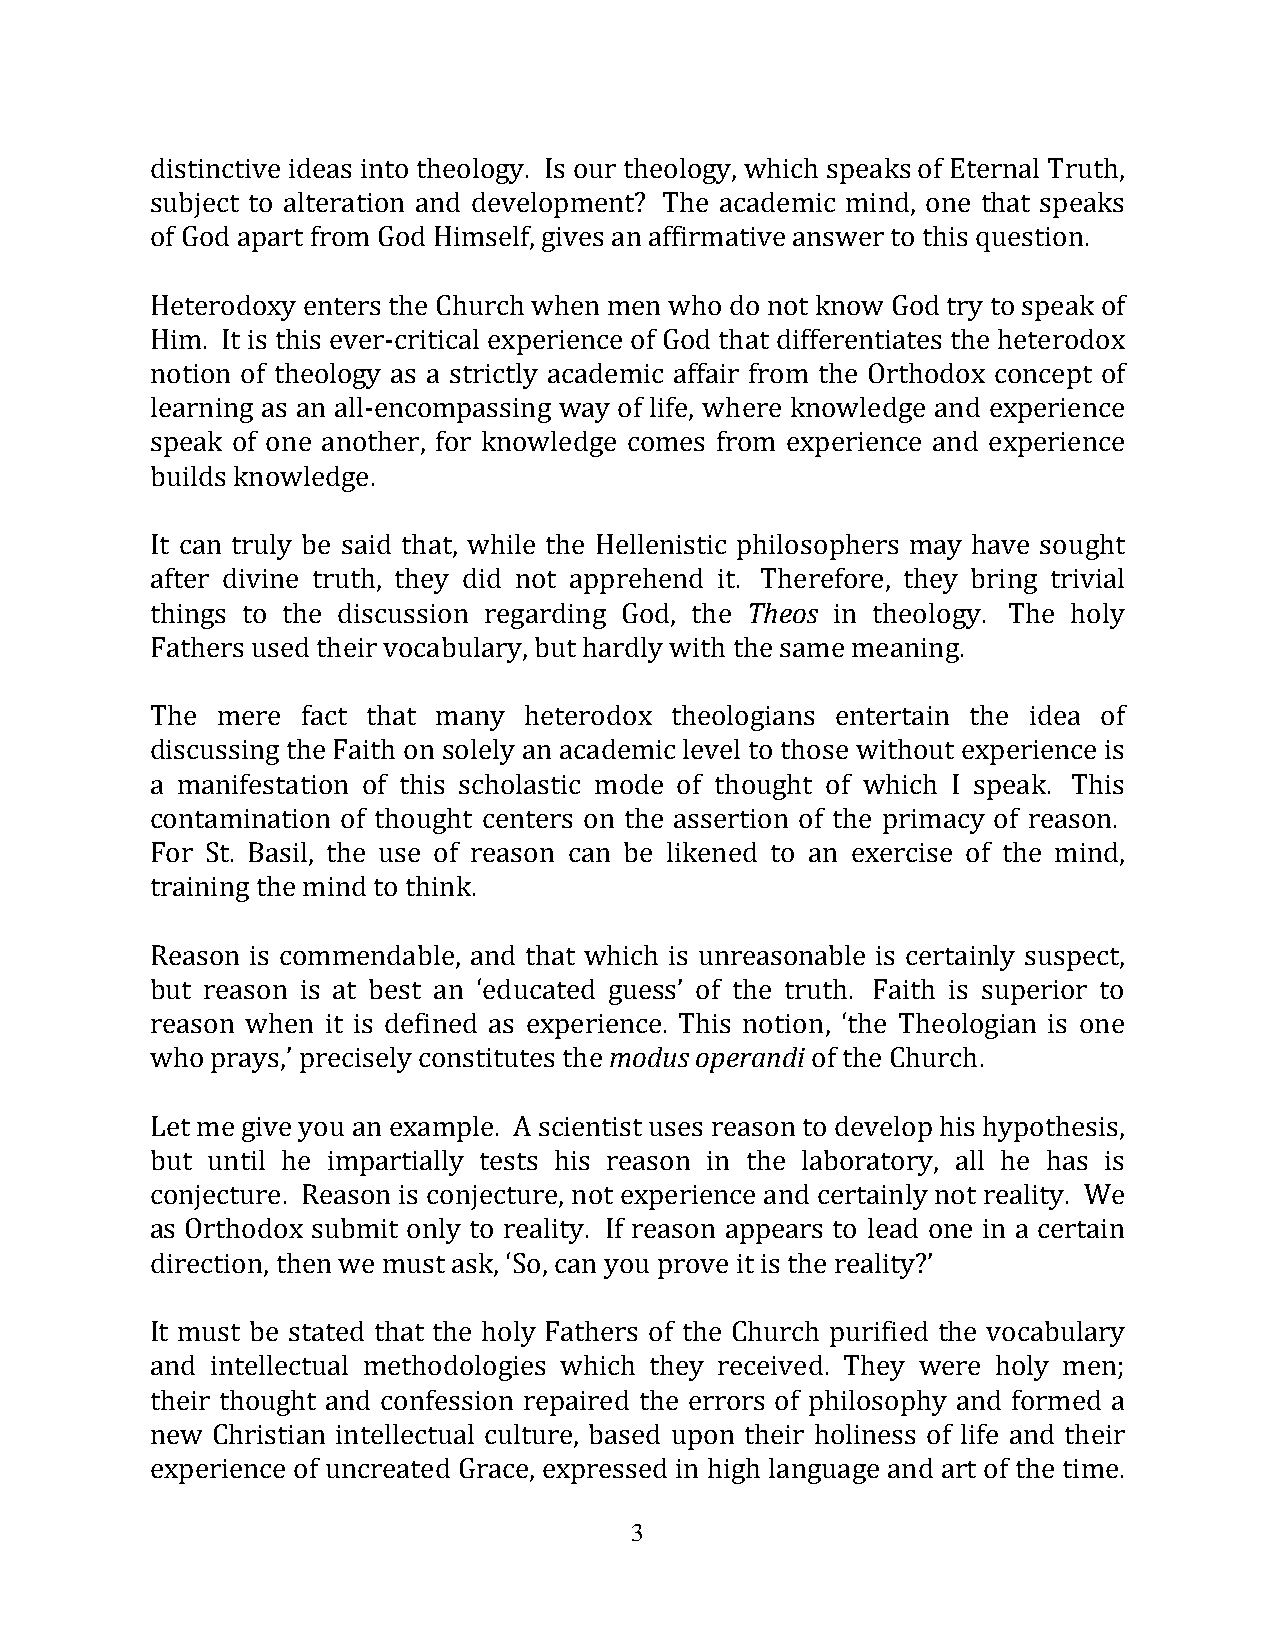
distinctive ideas into theology. Is our theology, which speaks of Eternal Truth,
 subject to alteration and development? The academic mind, one that speaks
 of God apart from God Himself, gives an affirmative answer to this question.
 Heterodoxy enters the Church when men who do not know God try to speak of
 Him. It is this ever‐critical experience of God that differentiates the heterodox
 notion of theology as a strictly academic affair from the Orthodox concept of
 learning as an all‐encompassing way of life, where knowledge and experience
 speak of one another, for knowledge comes from experience and experience
 builds knowledge.
 It can truly be said that, while the Hellenistic philosophers may have sought
 after divine truth, they did not apprehend it. Therefore, they bring trivial
 things to the discussion regarding God, the Theos in theology. The holy
 Fathers used their vocabulary, but hardly with the same meaning.
 The mere  fact that many heterodox theologians entertain the idea of
 discussing the Faith on solely an academic level to those without experience is
 a manifestation of this scholastic mode of thought of which I speak. This
 contamination of thought centers on the assertion of the primacy of reason.
 For St. Basil, the use of reason can be likened to an exercise of the mind,
 training the mind to think.
 Reason is commendable, and that which is unreasonable is certainly suspect,
 but reason is at best an ‘educated guess’ of the truth. Faith is superior to
 reason when it is defined as experience. This notion, ‘the Theologian is one
 who prays,’ precisely constitutes the modus operandi of the Church.
 Let me give you an example. A scientist uses reason to develop his hypothesis,
 but until he impartially tests his reason in the laboratory, all he has is
 conjecture. Reason is conjecture, not experience and certainly not reality. We
 as Orthodox submit only to reality. If reason appears to lead one in a certain
 direction, then we must ask, ‘So, can you prove it is the reality?’
 It must be stated that the holy Fathers of the Church purified the vocabulary
 and intellectual methodologies which they received. They were holy men;
 their thought and confession repaired the errors of philosophy and formed a
 new Christian intellectual culture, based upon their holiness of life and their
 experience of uncreated Grace, expressed in high language and art of the time.
 3